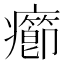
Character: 癤